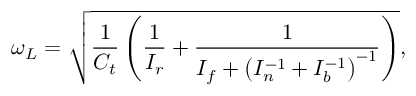
\omega _ { L } = \sqrt { \frac { 1 } { C _ { t } } \left( \frac { 1 } { I _ { r } } + \frac { 1 } { I _ { f } + \left( I _ { n } ^ { - 1 } + I _ { b } ^ { - 1 } \right) ^ { - 1 } } \right) } ,